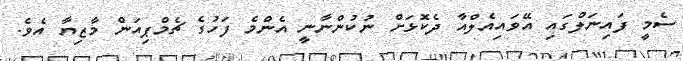
ސެމީ ފައިނަލްގައި އޭވައިއެލްއާ ދެކޮޅަށް ނުކުންނާނީ އެންމެ ފަހުގެ ޗެމްޕިއަން މާޒިޔާ އެވެ.